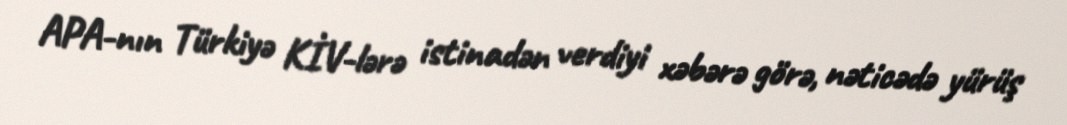
APA-nın Türkiyə KİV-lərə istinadən verdiyi xəbərə görə, nəticədə yürüş